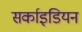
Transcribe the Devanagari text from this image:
सर्काइडियन